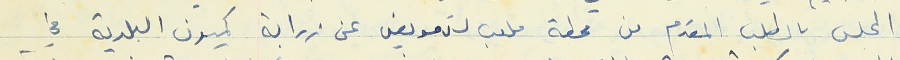
المجلس بالطلب المقدم من محطة ملعب لتعويض عن زرابة كميون البلدية في